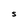
Character: s